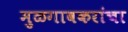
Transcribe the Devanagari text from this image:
मुळगावकरांचा